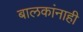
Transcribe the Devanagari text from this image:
बालकांनाही